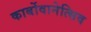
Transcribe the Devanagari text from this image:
कार्बोवानेत्सिव